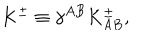
K ^ { \pm } \equiv \gamma ^ { A B } K _ { A B } ^ { \pm } ,